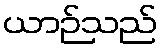
ယာဉ်သည်